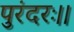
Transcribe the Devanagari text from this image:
पुरंदरः।।